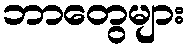
ဘာတွေများ